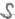
Text: S